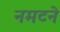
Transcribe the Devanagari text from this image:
नमटने